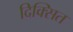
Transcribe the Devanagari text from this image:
दिक्सित